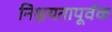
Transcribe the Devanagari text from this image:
निश्चयतापूर्वक